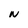
Character: N